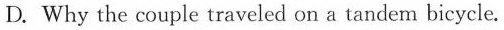
D. Why the couple traveled on a tandem bicycle.